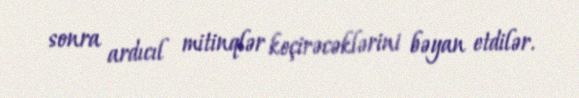
sonra ardıcıl mitinqlər keçirəcəklərini bəyan etdilər.